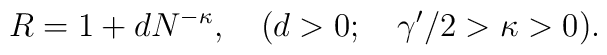
R=1+dN^{-\kappa},\quad(d>0;\quad{\gamma'}/2>\kappa>0).